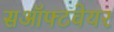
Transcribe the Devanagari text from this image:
सऑफ्टवेयर